system: You are a helpful assistant.
user:
Analyze the provided spectrum to determine if it is a **S-type Star**.

- **Key Indicators for S-type Star:**

    - **(Overall Spectrum Shape):** The first and most obvious characteristic is the overall continuum (the "baseline" shape). It is **extremely "red-sloping,"** meaning the flux (light intensity) is very low on the left side (blue, ~4000-4500 Å) and rises steeply and continuously toward the right side (red, ~7000 Å+).

    - **(Primary):** The spectrum is defined by the presence of strong, broad molecular absorption "valleys" (bands) from **Zirconium Oxide (ZrO)**. The identification of these bands is the **primary requirement** for classifying a star as S-type.
        - **(Key Bandheads):** You must find distinct, deep "dips" where the light has been absorbed. The most critical band systems to locate are:
            - **~6474 Å** ($\gamma$-system): This is often the strongest and clearest ZrO feature, found in the red part of the spectrum.
            - **~5718 Å** & **~5551 Å** ($\beta$-system): A pair of prominent absorption features in the yellow-orange part of the spectrum.
            - **~4640 Å** ($\alpha$-system): A key absorption band system in the blue-green region of the spectrum.

    - **(Secondary Confirmation):** The classification is strengthened by finding additional absorption bands from other related heavy element oxides, which are expected to be present alongside ZrO.
        - **(Key Bandheads):**
            - **Yttrium Oxide (YO):** Look for absorption dips near **~4800 Å** and **~6100 Å**.
            - **Lanthanum Oxide (LaO):** Additional absorption features, particularly in the red-orange part of the spectrum, are also characteristic.

    - **(Line Profile):** The combination of the steep red continuum and these numerous, deep molecular bands (ZrO, YO, etc.) gives the entire spectrum a very **"chopped-up"** or **"bumpy"** appearance. Instead of a smooth curve, the spectrum looks as though large, wide chunks of light have been "carved out" of it at the specific wavelengths listed above.

Think first, call **spectral_visualization_tool** if needed to examine features in detail, then provide your final answer. Your response must adhere to the following strict rules:
1.  **Overall Structure:** Your response must follow the format `<think>...</think> <tool_call>...</tool_call> (if a tool is used) <answer>...</answer>`.
2.  **Tool Usage Constraint:** You may only make **one** tool call per turn.
3.  **Final Answer Format:** In the `<answer>` tag, your conclusion must be inside a `\boxed{}` command (e.g., `\boxed{YES}` or `\boxed{NO}`), followed by your justification.

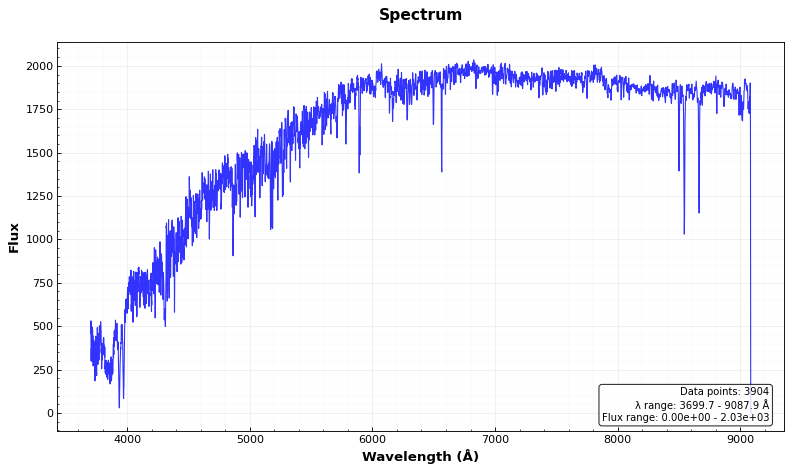
Answer: NO